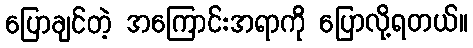
ပြောချင်တဲ့ အကြောင်းအရာကို ပြောလို့ရတယ်။